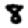
Digit: 8